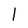
Character: l